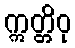
ဣတ္တိဝု